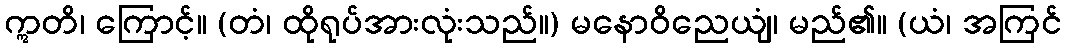
ဣတိ၊ ကြောင့်။ (တံ၊ ထိုရုပ်အားလုံးသည်။) မနောဝိညေယျံ၊ မည်၏။ (ယံ၊ အကြင်